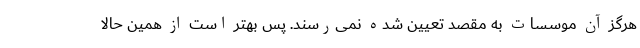
هرگز آن موسسات به مقصد تعیین شده نمی‌رسند. پس بهتر است از همین حالا